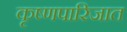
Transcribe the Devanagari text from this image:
कृष्णपारिजात